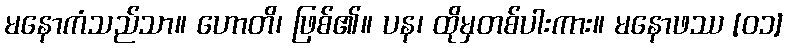
မနောကံသည်သာ။ ဟောတိ၊ ဖြစ်၏။ ပန၊ ထိုမှတစ်ပါးကား။ မနောဖဿ [၀၁]